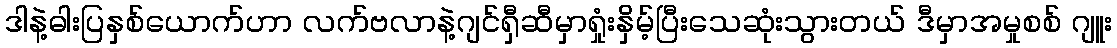
ဒါနဲ့ဓါးပြနှစ်ယောက်ဟာ လက်ဗလာနဲ့ဂျင်ရှီဆီမှာရှုံးနှိမ့်ပြီးသေဆုံးသွားတယ် ဒီမှာအမှုစစ် ဂျူး